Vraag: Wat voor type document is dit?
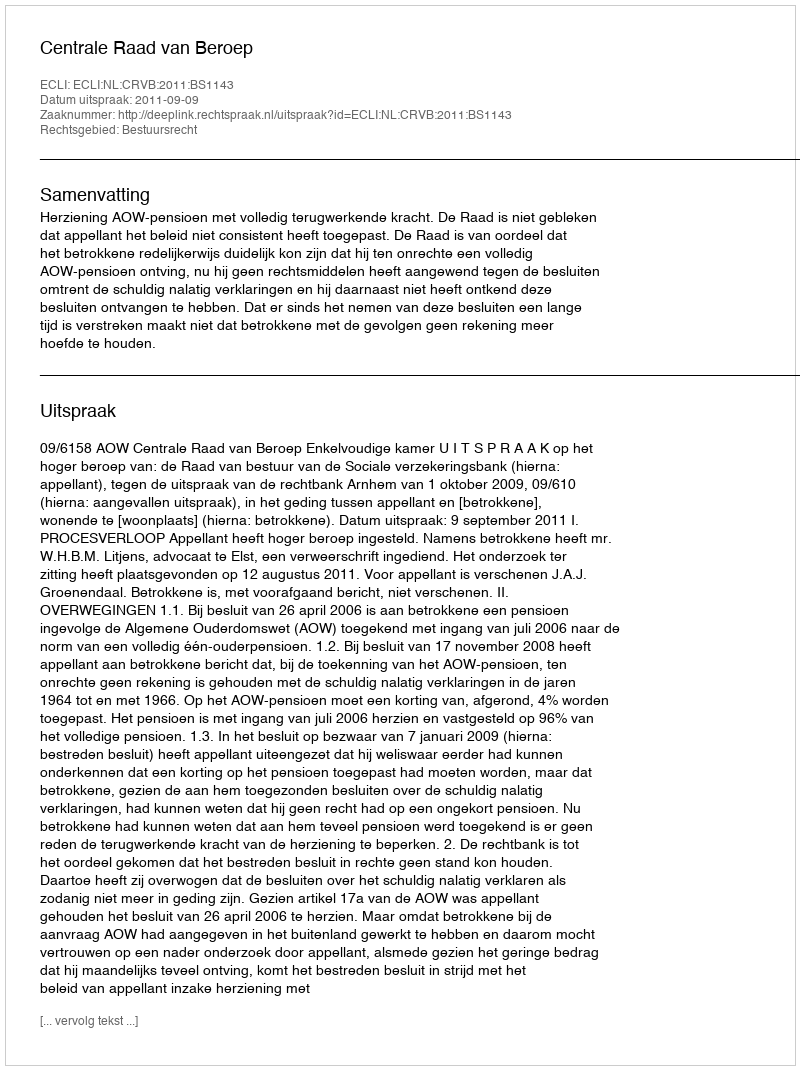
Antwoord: Uitspraak